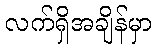
လက်ရှိအချိန်မှာ